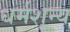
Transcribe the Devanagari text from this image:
धर्मशून्य